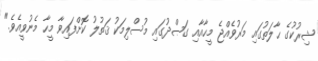
ޝިރުކުގެ ޙާލަތުގައި މަރުވެއްޖެ މީހާއާއި ގަޞްދުގައި މުސްލިމަކު ޤަތުލު ކޮށްފައިވާ މީހާ މެނުވީއެވެ."